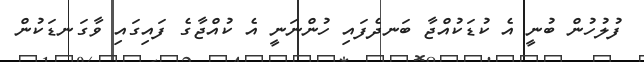
ފުލުހުން ބުނީ އެ ކުޑަކުއްޖާ ބަނދެފައި ހުންނަނީ އެ ކުއްޖާގެ ފައިގައި ވާގަނޑަކުން